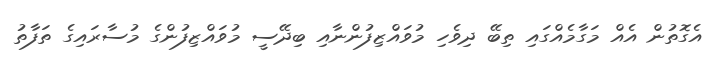
އެގޮތުން އެއް މަގާމެއްގައި ތިބޭ ދިވެހި މުވައްޒިފުންނާއި ބިދޭސީ މުވައްޒިފުންގެ މުސާރައިގެ ތަފާތު